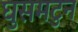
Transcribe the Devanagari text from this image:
घुसमटुन